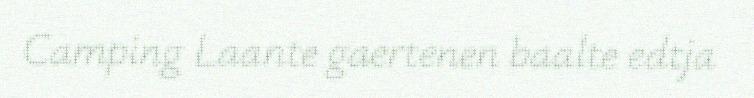
Camping Laante gaertenen baalte edtja